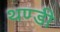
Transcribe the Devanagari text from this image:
थण्डी